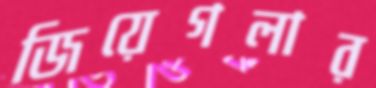
জিয়েগলার